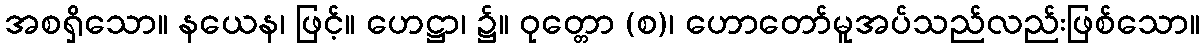
အစရှိသော။ နယေန၊ ဖြင့်။ ဟေဋ္ဌာ၊ ၌။ ဝုတ္တော (စ)၊ ဟောတော်မူအပ်သည်လည်းဖြစ်သော။